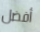
أفضل